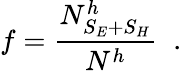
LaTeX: f=\frac{N_{S_{E}+S_{H}}^{h}}{N^{h}}\; \; .